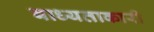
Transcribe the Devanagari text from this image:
बाध्यताकारी